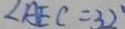
\angle A E C = 3 2 ^ { \circ }